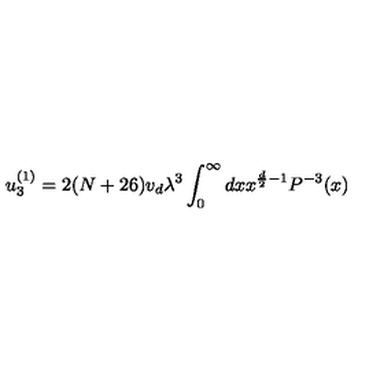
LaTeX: u _ { 3 } ^ { ( 1 ) } = 2 ( N + 2 6 ) v _ { d } \lambda ^ { 3 } \int _ { 0 } ^ { \infty } { d x } x ^ { \frac { d } { 2 } - 1 } P ^ { - 3 } ( x )